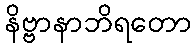
နိဗ္ဗာနာဘိရတော